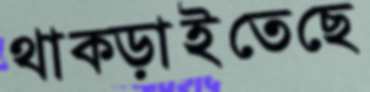
থাক্‌ড়াইতেছে